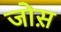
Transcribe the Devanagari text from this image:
जोस़